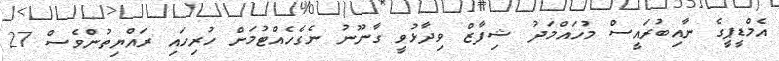
އެމްޑީޕީގެ ނާއިބުރައީސް މުހައްމަދު ޝިފާޒް ވިދާޅުވީ ގާނޫނު ނެގެހެއްޓުމަށް ހުރިހައި ރައްޔިތުންވެސް 27